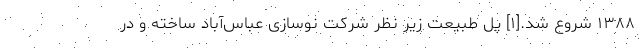
۱۳۸۸ شروع شد.[۱] پل طبیعت زیر نظر شرکت نوسازی عباس‌آباد ساخته و در